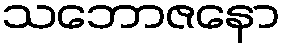
သဘောဇနော